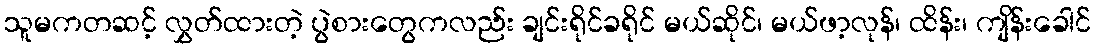
သူမကတဆင့် လွှတ်ထားတဲ့ ပွဲစားတွေကလည်း ချင်းရိုင်ခရိုင် မယ်ဆိုင်၊ မယ်ဖာ့လုန်၊ ထိန်း၊ ကျိန်းခေါင်